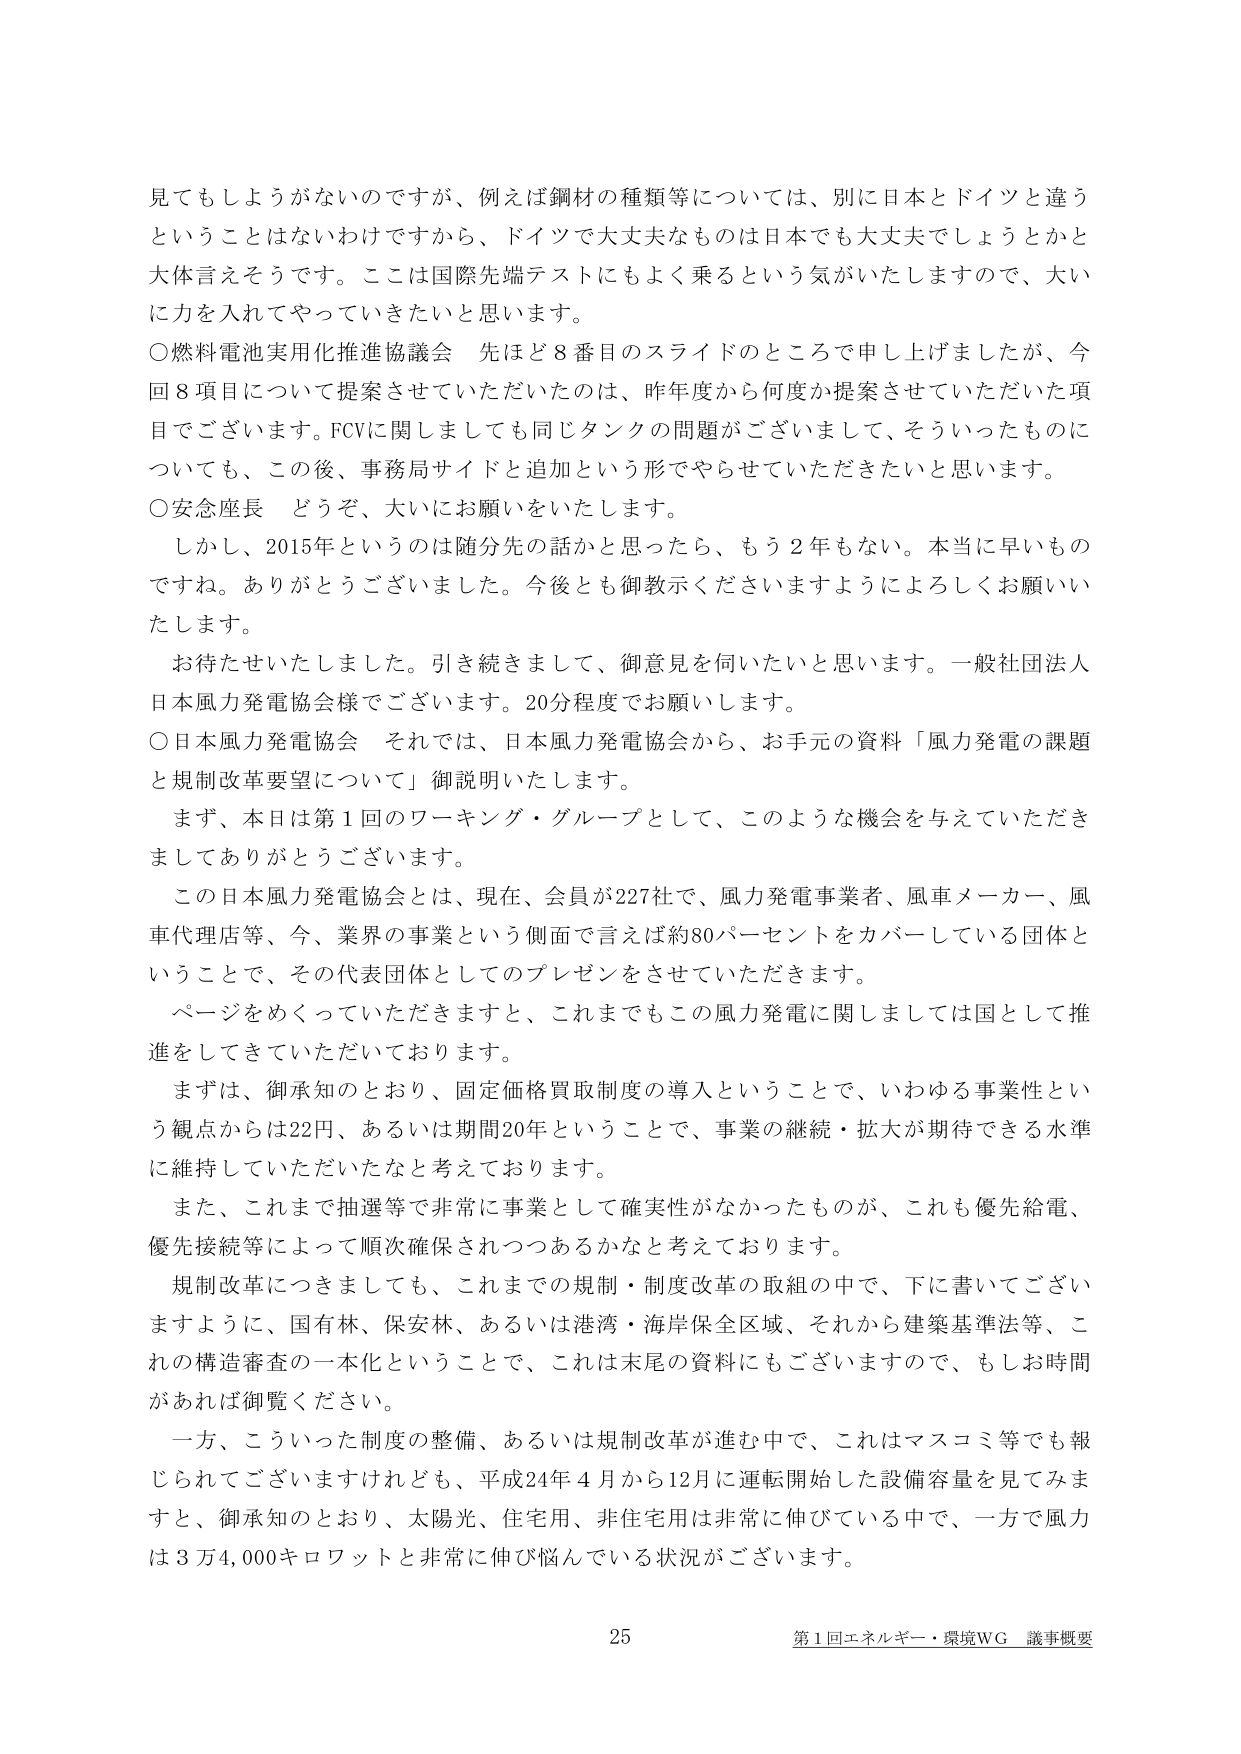
見てもらうがないのですが、例えば鋼材の種類等については、別に日本とドイツと違うということはないわけですから、ドイツで大丈夫なものは日本でも大丈夫でしょうとかと大体言えそうです。ここは国際先端テストにもよく乗るという気がいたしますので、大いに力を入れてやっていきたいと思います。

○燃料電池実用化推進協議会　先ほど8番目のスライドのところで申し上げましたが、今回8項目について提案させていただいたのは、昨年度から何度か提案させていただいた項目でございます。FCVに関しましても同じタンクの問題がございまして、そういったものについても、この後、事務局サイドと追加という形でやらせていただきたいと思います。

○安念座長　どうぞ、大いにお願いをいたします。
　しかし、2015年というのは随分先の話かと思ったら、もう2年もない。本当に早いものですね。ありがとうございました。今後とも御教示くださいますようによろしくお願いいたします。
　お待たせいたしました。引き続きまして、御意見を伺いたいと思います。一般社団法人日本風力発電協会様でございます。20分程度でお願いします。

○日本風力発電協会　それでは、日本風力発電協会から、お手元の資料「風力発電の課題と規制改革要望について」御説明いたします。
　まず、本日は第1回のワーキング・グループとして、このような機会を与えていただきましてありがとうございます。
　この日本風力発電協会とは、現在、会員が227社で、風力発電事業者、風車メーカー、風車代理店等、今、業界の事業という側面で言えば約80パーセントをカバーしている団体ということで、その代表団体としてのプレゼンをさせていただきます。
　ページをめくっていただきますと、これまでもこの風力発電に関しましては国として推進をしてきていただいております。
　まずは、御承知のとおり、固定価格買取制度の導入ということで、いわゆる事業性という観点からは22円、あるいは期間20年ということで、事業の継続・拡大が期待できる水準に維持していただいたなと考えております。
　また、これまで抽選等で非常に事業として確実性がなかったものが、これも優先給電、優先接続等によって順次確保されつつあるかなと考えております。
　規制改革につきましても、これまでの規制・制度改革の取組の中で、下に書いてございますように、国有林、保安林、あるいは港湾・海岸保全区域、それから建築基準法等、これの構造審査の一本化ということで、これは末尾の資料にもございますので、もしお時間があれば御覧ください。
　一方、こういった制度の整備、あるいは規制改革が進む中で、これはマスコミ等でも報じられてございますけれども、平成24年4月から12月に運転開始した設備容量を見てみますと、御承知のとおり、太陽光、住宅用、非住宅用は非常に伸びている中で、一方で風力は3万4,000キロワットと非常に伸び悩んでいる状況がございます。

25
第1回エネルギー・環境WG 議事概要